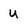
Character: u